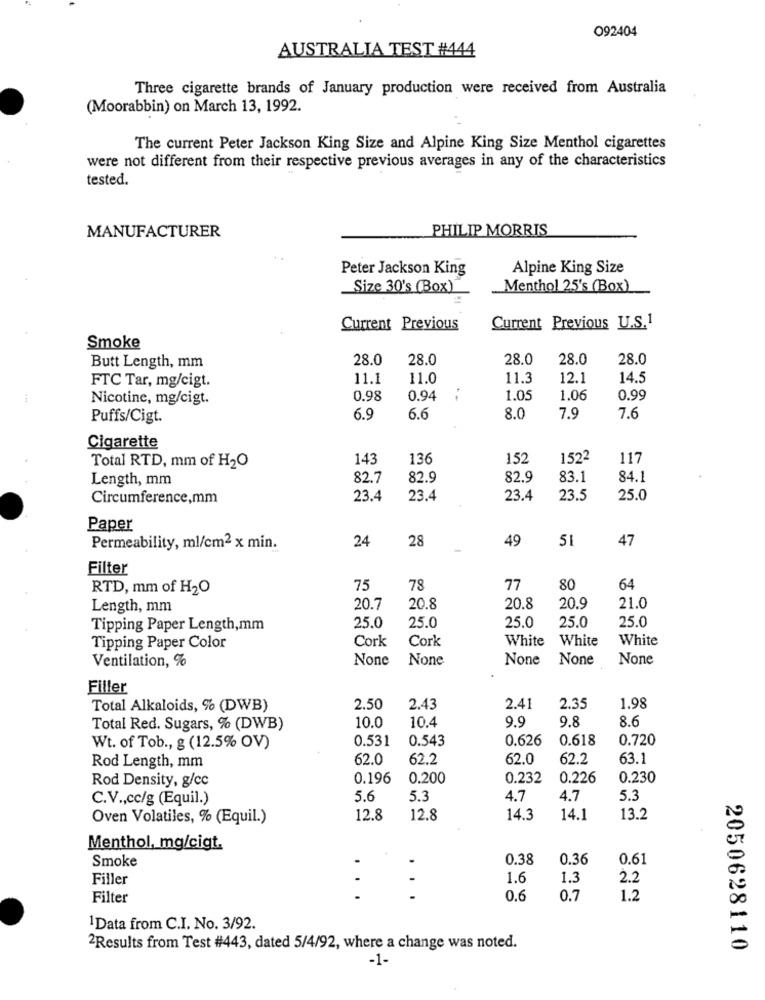
O92404
AUSTRALIA TEST #444
Three cigarette brands of January production were received from Australia
(Moorabbin) on March 13, 1992.
The current Peter Jackson King Size and Alpine King Size Menthol cigarettes
were not different from their respective previous averages in any of the characteristics
tested.
PHILIP MORRIS
MANUFACTURER
Peter Jackson King
Alpine King Size
_Size 30's (Box)
Menthol 25's (Box)
Current Previous
Current Previous U.S.1
Smoke
28.0
28.0
28.0
28.0
28.0
Butt Length, mm
11.1
11.0
11.3
12.1
14.5
FTC Tar, mg/cigt.
Nicotine, mg/cigt.
0.98
0.94
--
1.05
1.06
0.99
Puffs/Cigt.
6.9
6.6
8.0
7.9
7.6
Cigarette
143
136
152
1522
117
Total RTD, mm of H2O
Length, mm
82.7
82.9
82.9
83.1
84.1
Circumference,mm
23.4
23.4
23.4
23.5
25.0
Paper
24
28
49
51
47
Permeability, ml/cm2 x min.
Filter
RTD, mm of H2O
75
78
77
80
64
Length, mm
20.7
20.8
20.8
20.9
21.0
25.0
25.0
Tipping Paper Length,mm
25.0
25.0
25.0
Cork
Cork
White
White
White
Tipping Paper Color
Ventilation, %
Filler
Total Alkaloids, % (DWB)
2.50
2.43
2.41
2.35
1.98
10.4
9.9
8.6
Total Red. Sugars, % (DWB)
10.0
9.8
0.531
0.543
0.626
0.618
0.720
Wt. of Tob ., g (12.5% OV)
62.0
62.2
62.0
62.2
63.1
Rod Length, mm
Rod Density, g/cc
0.196
0.200
0.232
0.226
0.230
C.V ., cc/g (Equil.)
5.6
5.3
4.7
4.7
5.3
Oven Volatiles, % (Equil.)
12.8
12.8
14.3
14.1
13.2
Menthol, mg/cigt.
0.38
0.36
0.61
Smoke
Filler
1.6
1.3
2.2
Filter
...
0.6
0.7
1.2
1Data from C.I. No. 3/92.
2Results from Test #443, dated 5/4/92, where a change was noted.
2050628110
-1-